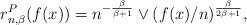
\begin{align*}r_{n,\beta}^P(f(x)) = n^{-\frac{\beta}{\beta+1}} \vee ( f(x)/n )^{\frac{\beta}{2\beta+1}} ,\end{align*}